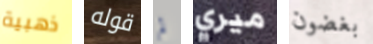
ذهبية قوله لم ميري بغضون